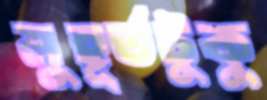
মুহূর্তটুকু